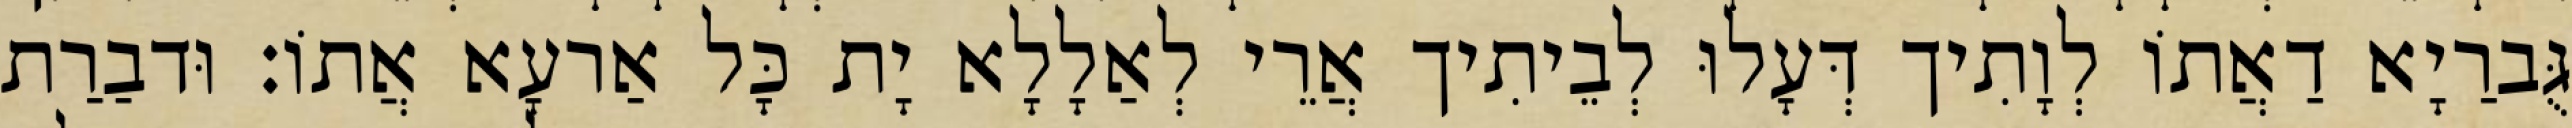
גֻּברַיָא דַאֲתוֹ לְוָתִיך דְּעָלוּ לְבֵיתִיך אֲרֵי לְאַלָלָא יָת כָּל אַרעָא אֲתוֹ׃ וּדבַרַת